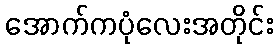
အောက်ကပုံလေးအတိုင်း